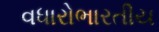
વધારોભારતીય